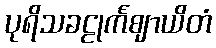
ပုရိသခဠုင်္ကဈာယိတံ